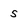
Character: 5